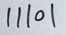
1 1 1 0 1